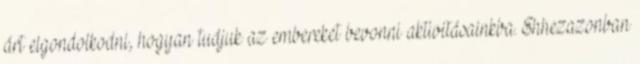
árt elgondolkodni, hogyan tudjuk az embereket bevonni aktivitásainkba. Ehhezazonban